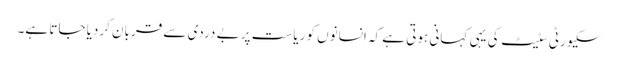
سکیورٹی سٹیٹ کی یہی کہانی ہوتی ہے کہ انسانوں کو ریاست پر بے دردی سے قربان کردیا جاتا ہے۔